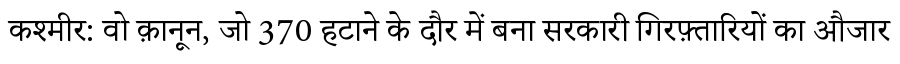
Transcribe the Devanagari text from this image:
कश्मीर: वो क़ानून, जो 370 हटाने के दौर में बना सरकारी गिरफ़्तारियों का औजार